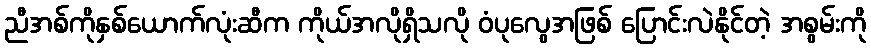
ညီအစ်ကိုနှစ်ယောက်လုံးဆီက ကိုယ်အလိုရှိသလို ဝံပုလွေအဖြစ် ပြောင်းလဲနိုင်တဲ့ အစွမ်းကို